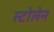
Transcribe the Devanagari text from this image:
स्टोलेन